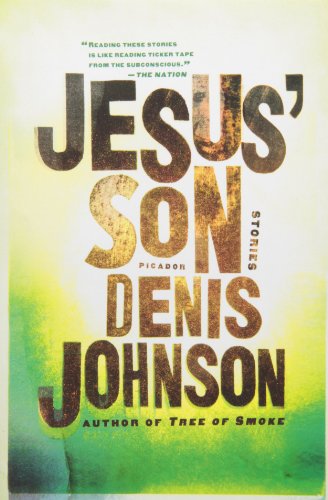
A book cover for Jesus' Son: Stories; Denis Johnson; Literature & Fiction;